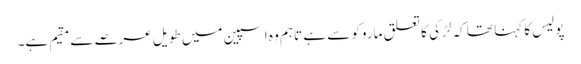
پولیس کا کہنا تھا کہ لڑکی کا تعلق ماروکو سے ہے تاہم وہ اسپین میں طویل عرصے سے مقیم ہے۔